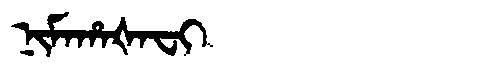
Manchu: ᠨᡳᠮᠠᡥᠠᡧᠠᠸᡳ
Romanization: NIMAHAŠAFI